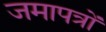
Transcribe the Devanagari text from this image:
जमापत्रों